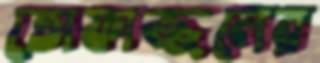
তোফাজ্জলের